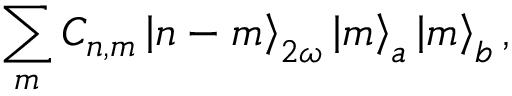
\sum _ { m } C _ { n , m } \left| n - m \right> _ { 2 \omega } \left| m \right> _ { a } \left| m \right> _ { b } ,